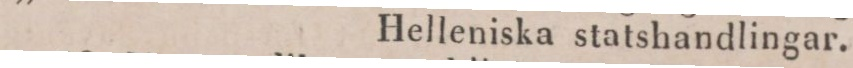
Helleniska statshandlingar.